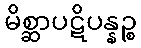
မိစ္ဆာပဋိပန္နဉ္စ